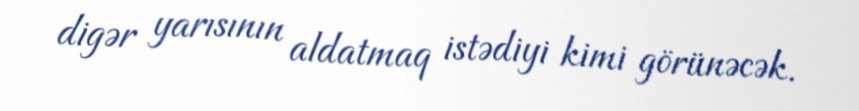
digər yarısının aldatmaq istədiyi kimi görünəcək.